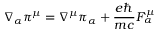
\nabla _ { \alpha } \pi ^ { \mu } = \nabla ^ { \mu } \pi _ { \alpha } + \frac { e \hbar } { m c } F _ { \alpha } ^ { \mu }